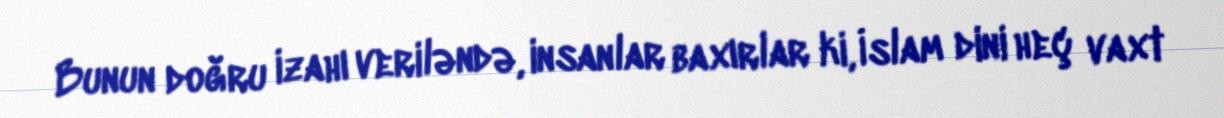
Bunun doğru izahı veriləndə, insanlar baxırlar ki, İslam dini heç vaxt